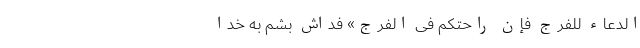
الدُّعَاءَ للْفَرَجِ فَإِنَّ راحَتَکُم فِی الفَرَج» فداش بشم به خدا